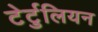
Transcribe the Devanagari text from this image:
टेर्टुलियन